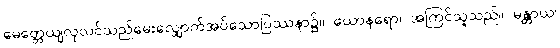
မေတ္တေယျလုလင်သည်မေးလျှောက်အပ်သောပြဿနာ၌။ ယောနရော၊ အကြင်သူသည်။ မန္တာယ၊